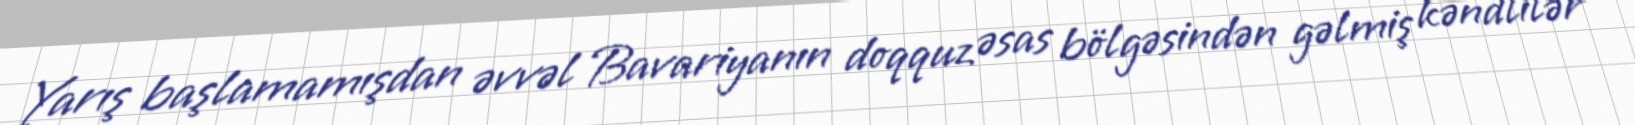
Yarış başlamamışdan əvvəl Bavariyanın doqquz əsas bölgəsindən gəlmiş kəndlilər